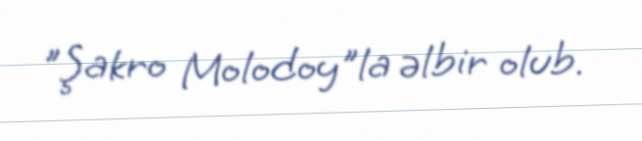
"Şakro Molodoy"la əlbir olub.